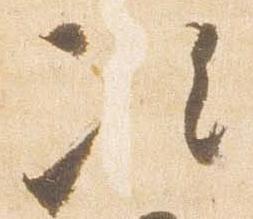
次